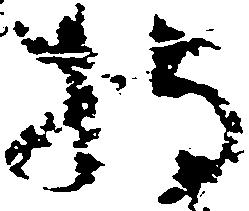
持